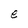
Character: e